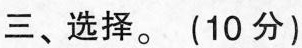
三、选择。(10分)